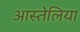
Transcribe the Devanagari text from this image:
आस्तेलिया